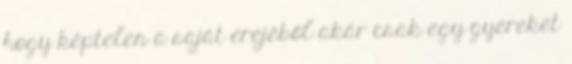
hogy képtelen a saját erejéből akár csak egy gyereket